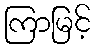
ကြာမြင့်